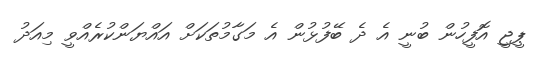
ޕީޖީ އޮފީހުން ބުނީ އެ ދެ ބޭފުޅުން އެ މަގާމުތަކަށް އައްޔަންކުރެއްވީ މިއަދު